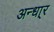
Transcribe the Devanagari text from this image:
अन्धा्र